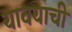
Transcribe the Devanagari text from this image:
यावयाची